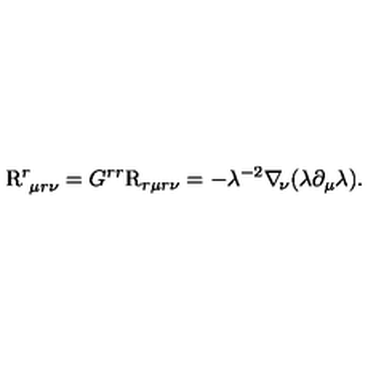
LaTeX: \mathrm { \boldmath { R } } _ { \ \mu r \nu } ^ { r } = G ^ { r r } \mathrm { \boldmath { R } } _ { r \mu r \nu } = - \lambda ^ { - 2 } \nabla _ { \! \nu } ( \lambda \partial _ { \mu } \lambda ) .